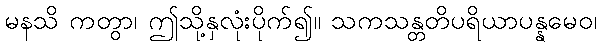
မနသိ ကတွာ၊ ဤသို့နှလုံးပိုက်၍။ သကသန္တတိပရိယာပန္နမေဝ၊